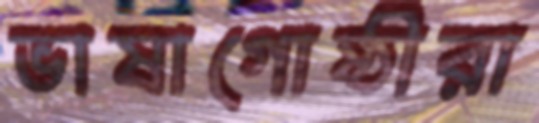
ভাষাগোষ্ঠীরা